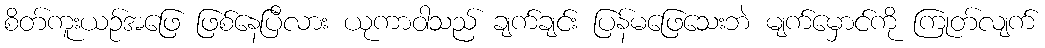
စိတ်ကူးယဉ်အဖြေ ဖြစ်နေပြီလား ယုကာဝါသည် ချက်ချင်း ပြန်မဖြေသေးဘဲ မျက်မှောင်ကို ကြုတ်လျက်